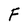
Character: F